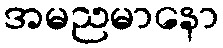
အမညမာနော